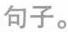
句子。